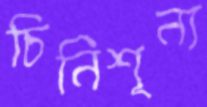
চিনিশূন্য